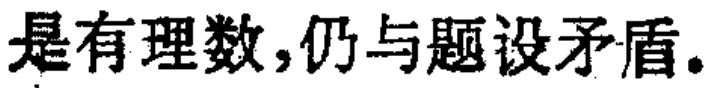
是有理数,仍与题设矛盾。